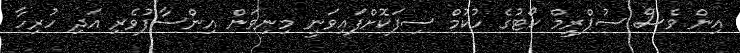
އިން ވެސް ސުޕްރީމް ކޯޓުގެ ހުކުމް ސިފަކޮށްފައިވަނީ މިނިވަން އިންސާފުވެރި އަދި ހުރިހާ